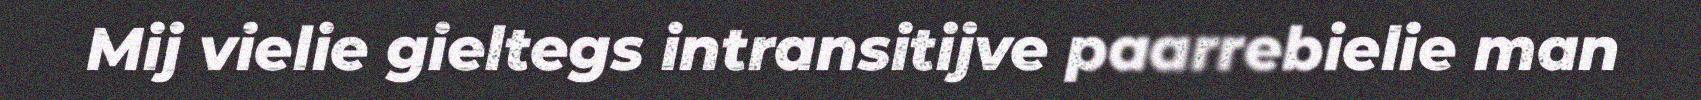
Mij vielie gieltegs intransitijve paarrebielie man